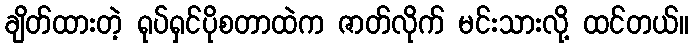
ချိတ်ထားတဲ့ ရုပ်ရှင်ပိုစတာထဲက ဇာတ်လိုက် မင်းသားလို့ ထင်တယ်။